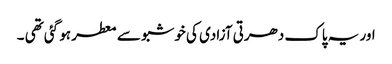
اور یہ پاک دھرتی آزادی کی خوشبو سے معطر ہو گئی تھی ۔